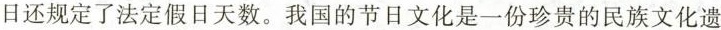
日还规定了法定假日天数。我国的节日文化是一份珍贵的民族文化遗